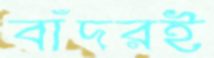
বাঁদরই